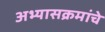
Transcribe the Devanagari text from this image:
अभ्‍यासक्रमांचे